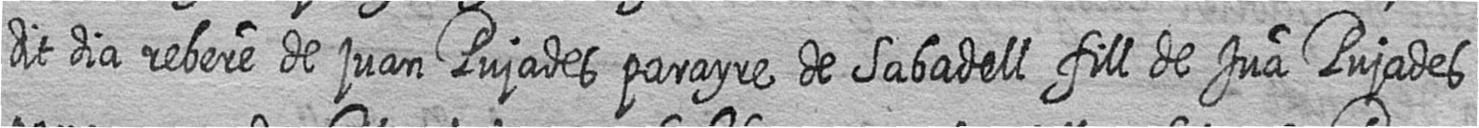
dit dia rebere de juan Pujades parayre de Sabadell fill de Jua Pujades